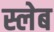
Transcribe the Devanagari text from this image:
स्लेब